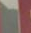
-